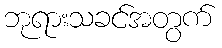
ဘုရားသခင်အတွက်